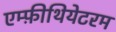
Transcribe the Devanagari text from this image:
एम्फ़ीथियेटरम